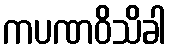
ကပဏဝိသိခါ